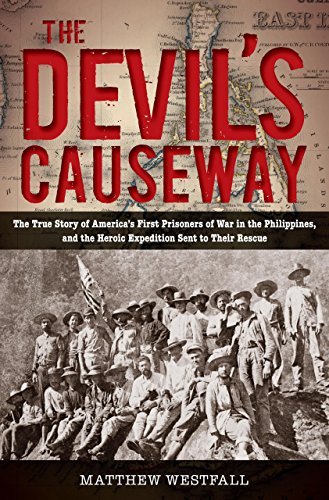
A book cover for The Devil's Causeway: The True Story of America's First Prisoners of War in the Philippines, and the Heroic Expedition Sent to Their Rescue; Matthew Westfall; History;